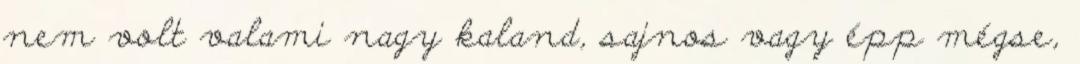
nem volt valami nagy kaland, sajnos vagy épp mégse,